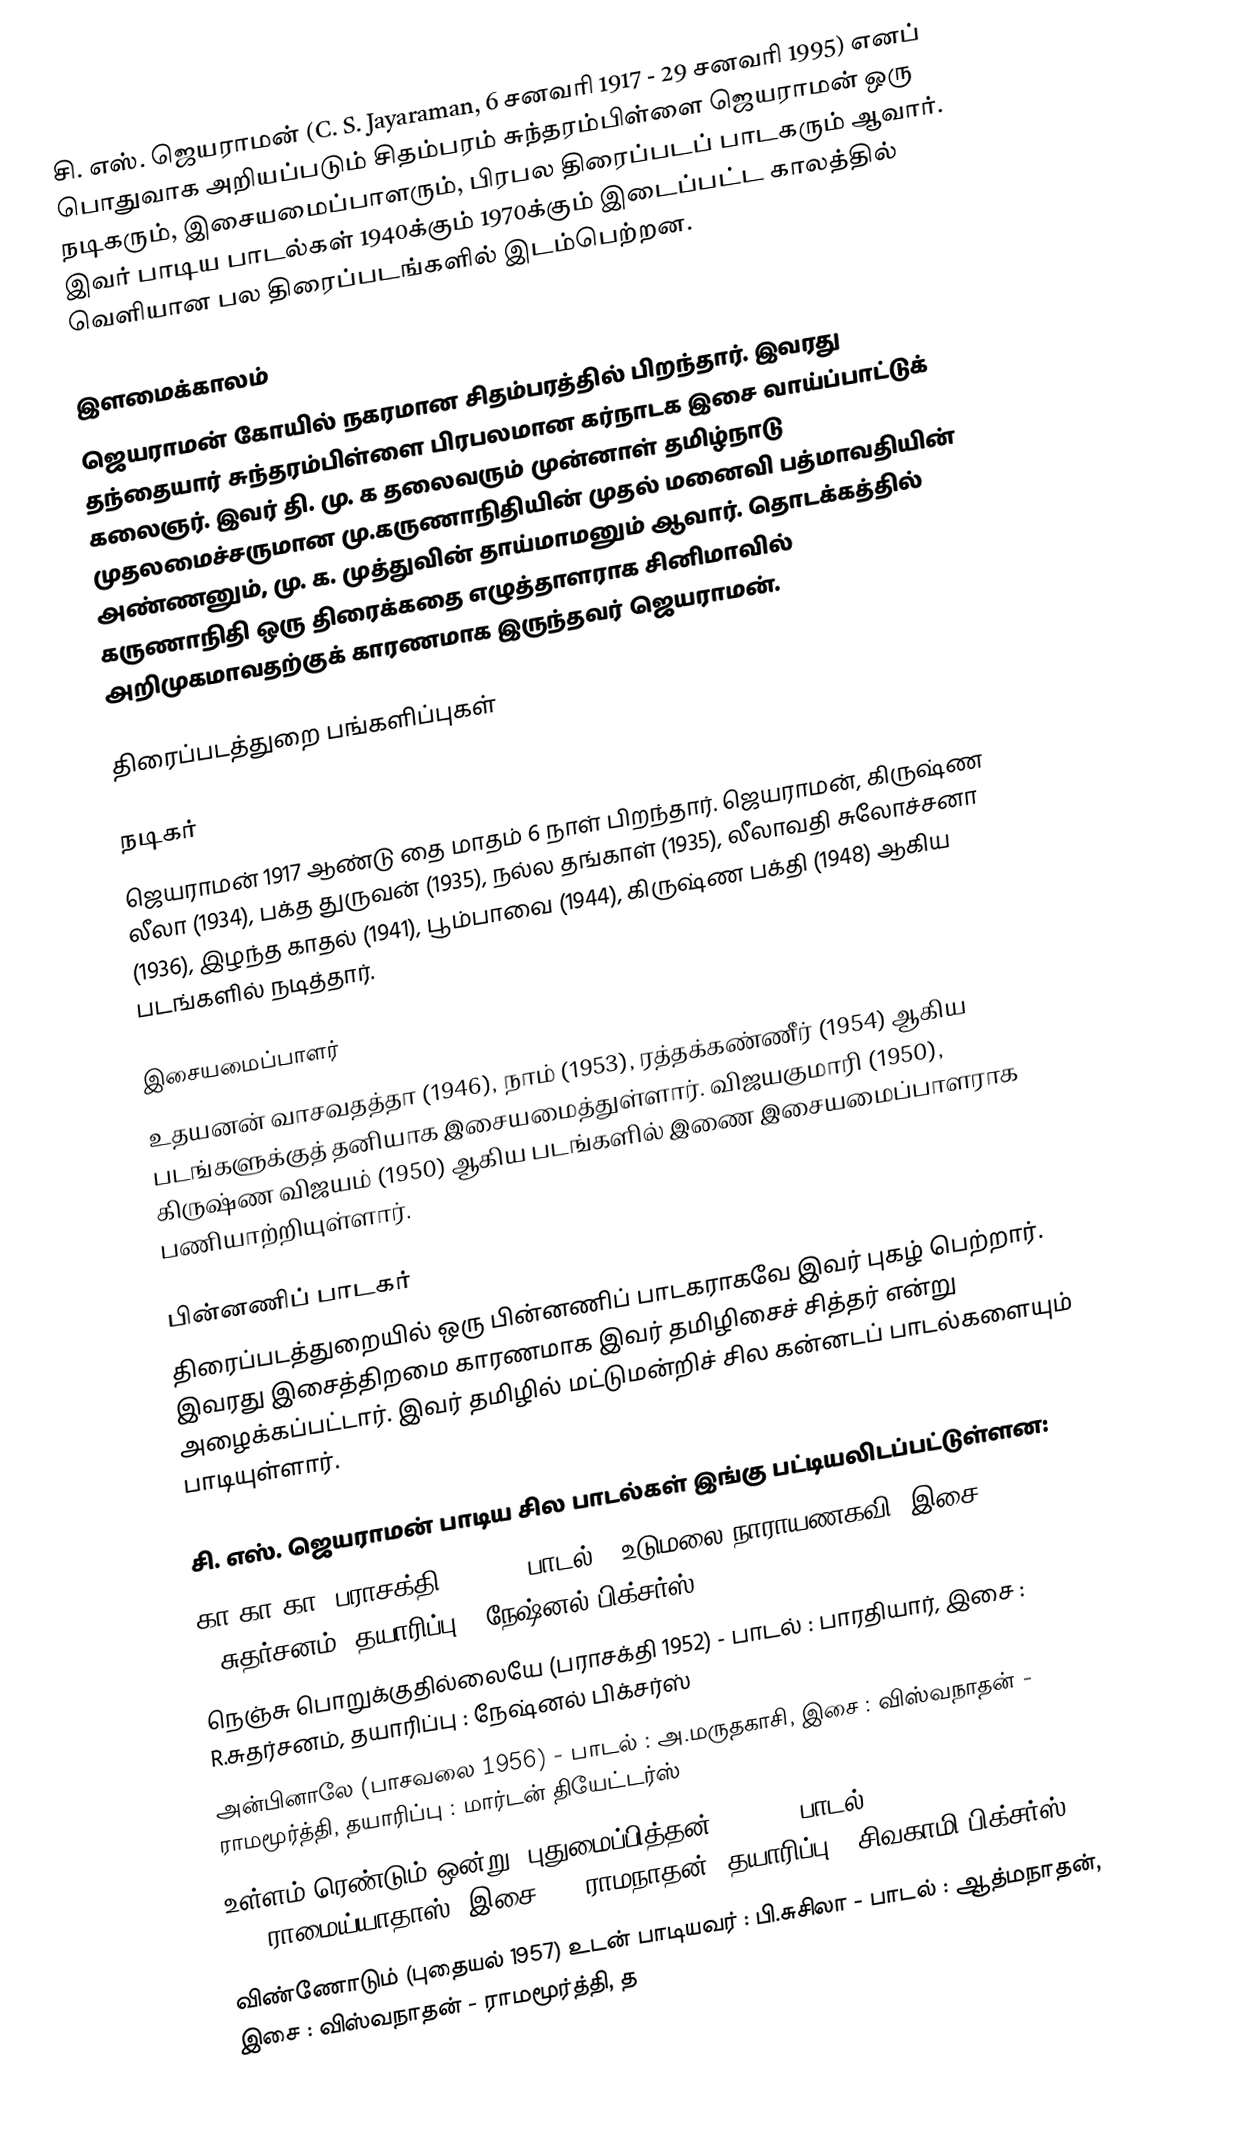
சி. எஸ். ஜெயராமன் (C. S. Jayaraman, 6 சனவரி 1917 - 29 சனவரி 1995) எனப் பொதுவாக அறியப்படும் சிதம்பரம் சுந்தரம்பிள்ளை ஜெயராமன் ஒரு நடிகரும், இசையமைப்பாளரும், பிரபல திரைப்படப் பாடகரும் ஆவார். இவர் பாடிய பாடல்கள் 1940க்கும் 1970க்கும் இடைப்பட்ட காலத்தில் வெளியான பல திரைப்படங்களில் இடம்பெற்றன.

இளமைக்காலம்
ஜெயராமன் கோயில் நகரமான சிதம்பரத்தில் பிறந்தார். இவரது தந்தையார் சுந்தரம்பிள்ளை பிரபலமான கர்நாடக இசை வாய்ப்பாட்டுக் கலைஞர். இவர் தி. மு. க தலைவரும் முன்னாள் தமிழ்நாடு முதலமைச்சருமான மு.கருணாநிதியின் முதல் மனைவி பத்மாவதியின் அண்ணனும், மு. க. முத்துவின் தாய்மாமனும் ஆவார். தொடக்கத்தில் கருணாநிதி ஒரு திரைக்கதை எழுத்தாளராக சினிமாவில் அறிமுகமாவதற்குக் காரணமாக இருந்தவர் ஜெயராமன்.

திரைப்படத்துறை பங்களிப்புகள்

நடிகர்
ஜெயராமன் 1917 ஆண்டு தை மாதம் 6 நாள் பிறந்தார். ஜெயராமன், கிருஷ்ண லீலா (1934), பக்த துருவன் (1935), நல்ல தங்காள் (1935), லீலாவதி சுலோச்சனா (1936), இழந்த காதல் (1941), பூம்பாவை (1944), கிருஷ்ண பக்தி (1948) ஆகிய படங்களில் நடித்தார்.

இசையமைப்பாளர்
உதயனன் வாசவதத்தா (1946), நாம் (1953), ரத்தக்கண்ணீர் (1954) ஆகிய படங்களுக்குத் தனியாக இசையமைத்துள்ளார். விஜயகுமாரி (1950), கிருஷ்ண விஜயம் (1950) ஆகிய படங்களில் இணை இசையமைப்பாளராக பணியாற்றியுள்ளார்.

பின்னணிப் பாடகர்
திரைப்படத்துறையில் ஒரு பின்னணிப் பாடகராகவே இவர் புகழ் பெற்றார். இவரது இசைத்திறமை காரணமாக இவர் தமிழிசைச் சித்தர் என்று அழைக்கப்பட்டார். இவர் தமிழில் மட்டுமன்றிச் சில கன்னடப் பாடல்களையும் பாடியுள்ளார்.

சி. எஸ். ஜெயராமன் பாடிய சில பாடல்கள் இங்கு பட்டியலிடப்பட்டுள்ளன:
 கா கா கா (பராசக்தி 1952) - பாடல் : உடுமலை நாராயணகவி, இசை : R.சுதர்சனம், தயாரிப்பு : நேஷ்னல் பிக்சர்ஸ்
 நெஞ்சு பொறுக்குதில்லையே (பராசக்தி 1952) - பாடல் : பாரதியார், இசை : R.சுதர்சனம், தயாரிப்பு : நேஷ்னல் பிக்சர்ஸ்
 அன்பினாலே (பாசவலை 1956) - பாடல் : அ.மருதகாசி, இசை : விஸ்வநாதன் - ராமமூர்த்தி, தயாரிப்பு : மார்டன் தியேட்டர்ஸ்
 உள்ளம் ரெண்டும் ஒன்று (புதுமைப்பித்தன் 1957) - பாடல் : T.N.ராமைய்யாதாஸ், இசை : G.ராமநாதன், தயாரிப்பு : சிவகாமி பிக்சர்ஸ்
 விண்ணோடும் (புதையல் 1957) உடன் பாடியவர் : பி.சுசிலா - பாடல் : ஆத்மநாதன், இசை : விஸ்வநாதன் - ராமமூர்த்தி, த